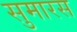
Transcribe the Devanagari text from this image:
सुमारस